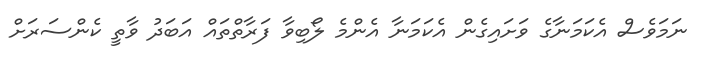
ނަމަވެސް އެކަމަނާގެ ވަށައިގެން އެކަމަނާ އެންމެ ލޯބިވާ ފަރާތްތައް އަބަދު ވާތީ ކެންސަރަށް